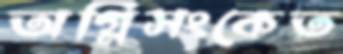
অগ্নিসংকেত